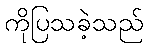
ကိုပြသခဲ့သည်